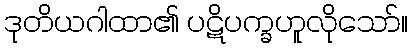
ဒုတိယဂါထာ၏ ပဋိပက္ခဟူလိုသော်။